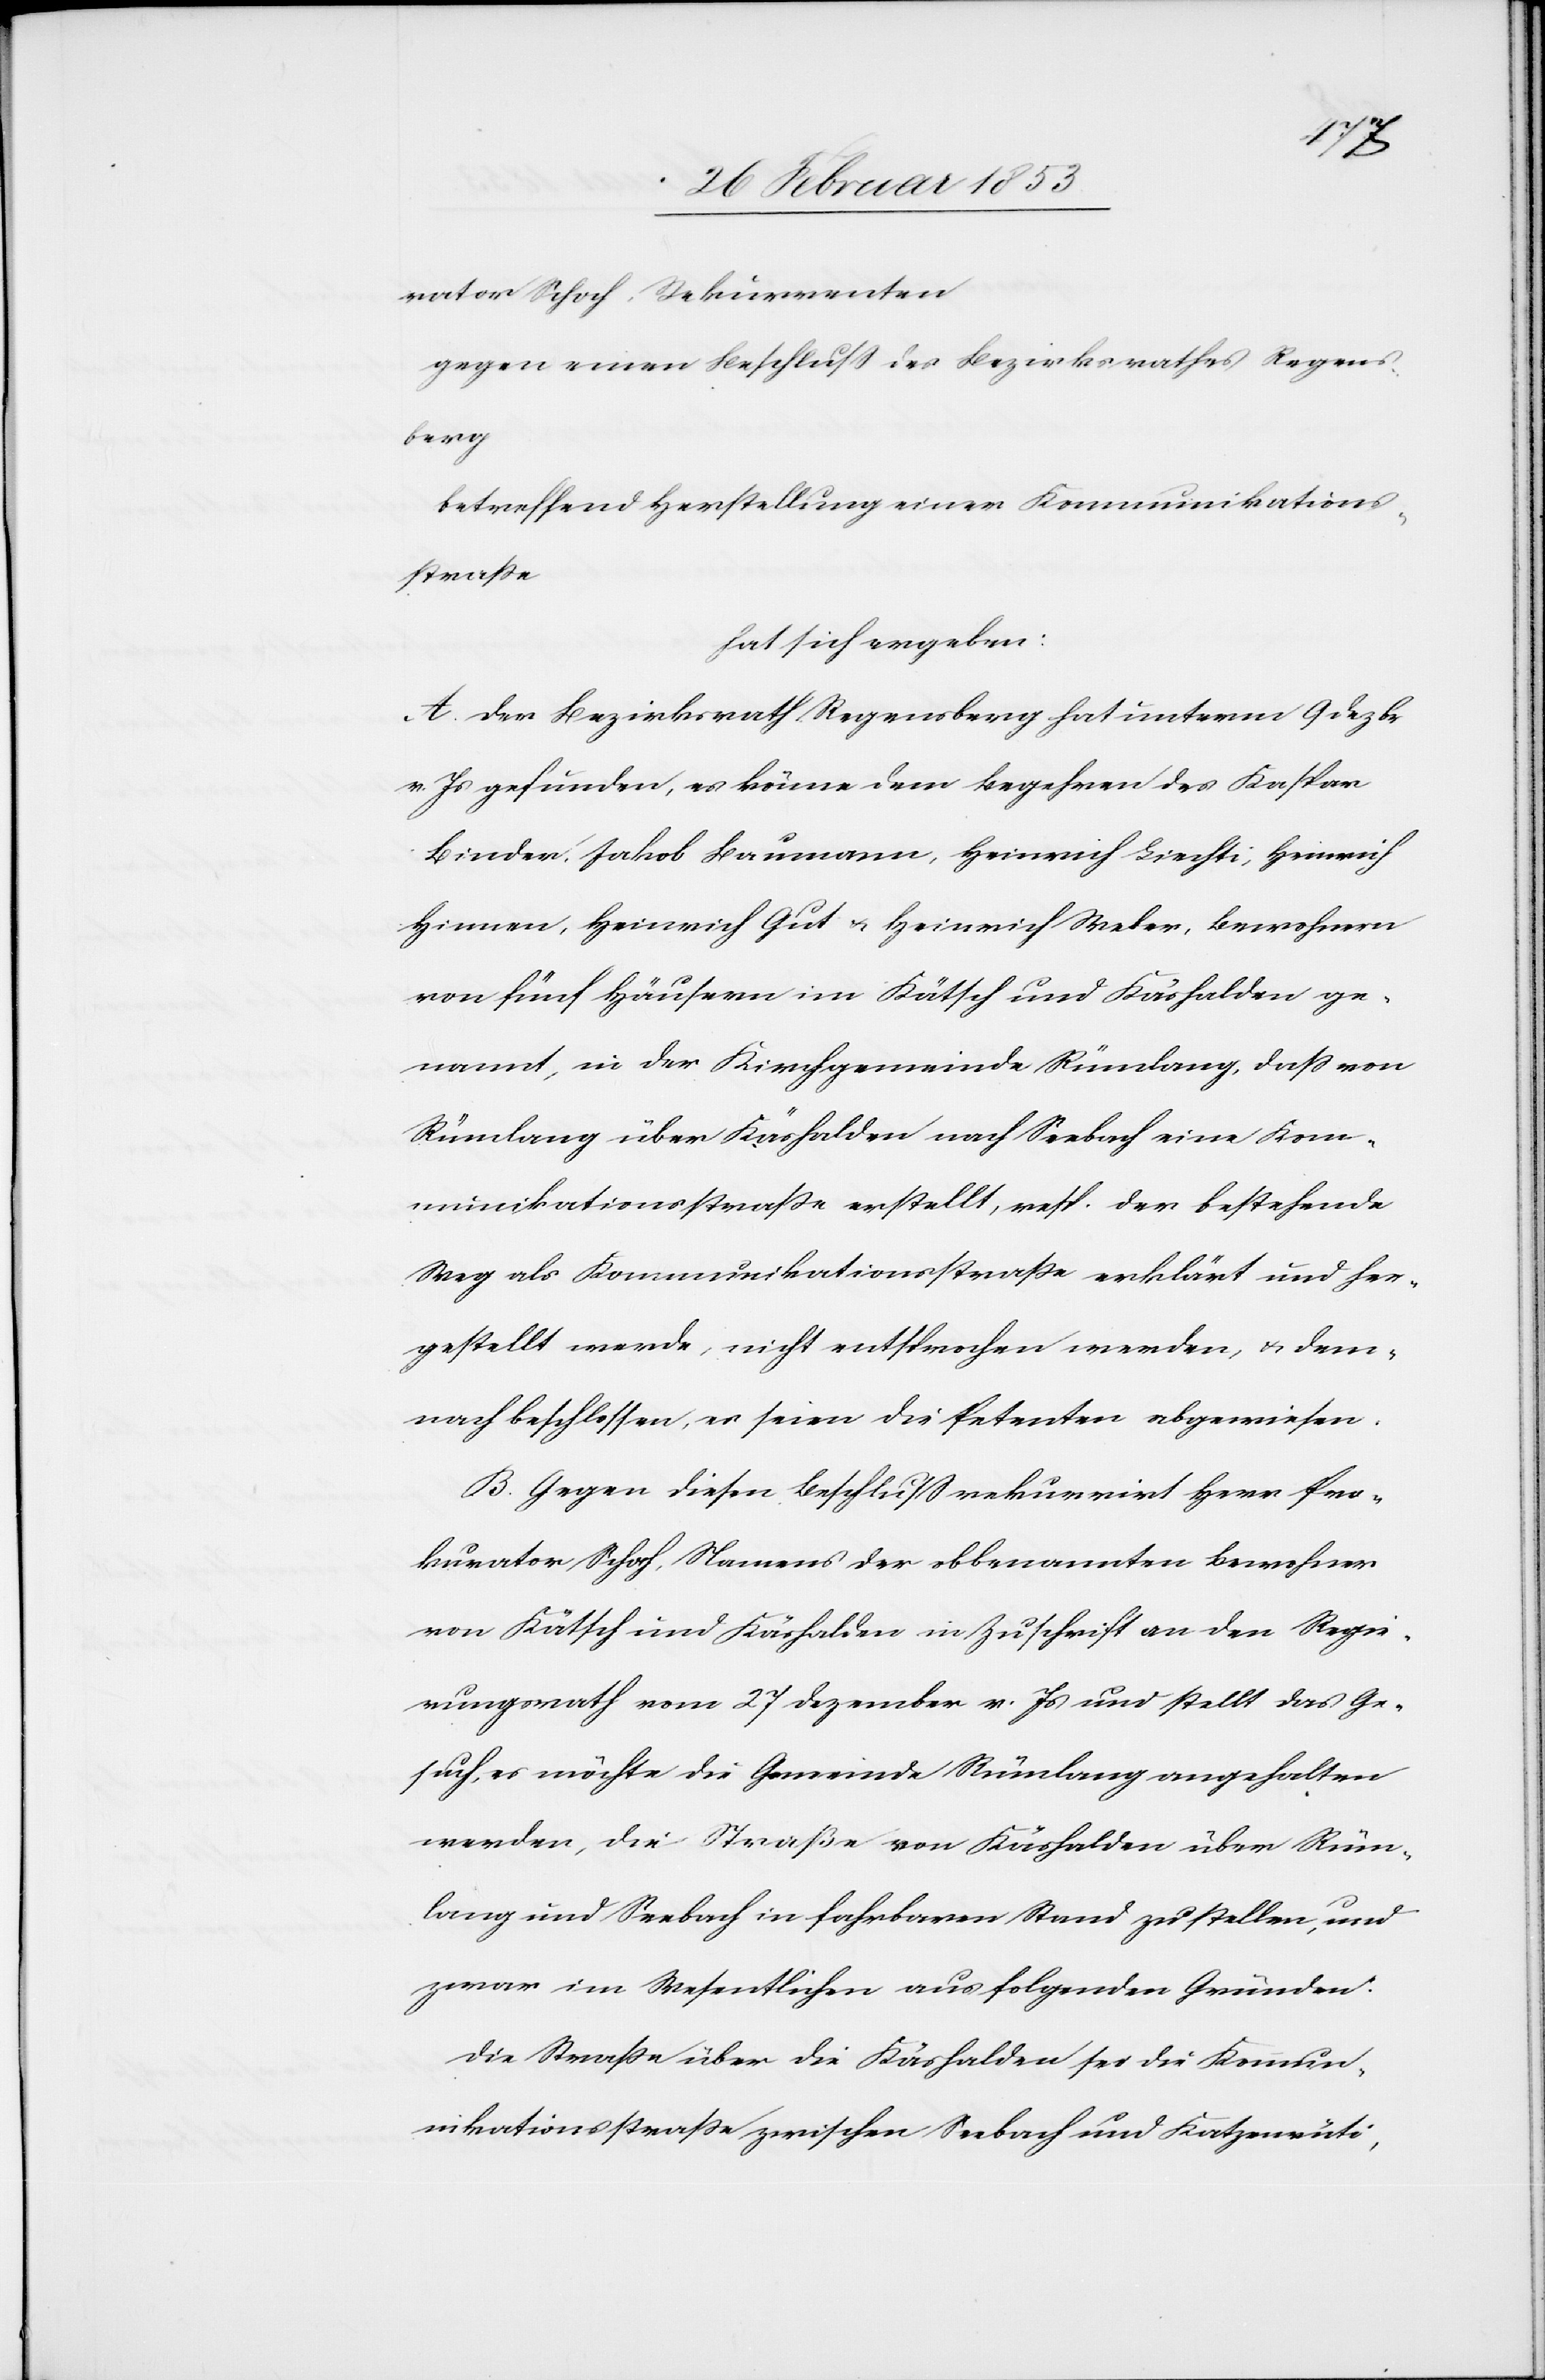
rator Schoch, Rekurrenten.
gegen einen Beschluß des Bezirksrathes Regens¬
berg.
betreffend Herstellung einer Kommunikations¬
straße,
hat sich ergeben:
Der Bezirksrath Regensberg hat unterm 9 Dezbr.
v. Js. gefunden, es könne dem Begehren des Kaspar
Binder, Jakob Baumann, Heinrich Liechti, Heinrich
Hinnen, Heinrich Gut u. Heinrich Weber, Bewohner
von fünf Häusern im Kätsch und Käshalden ge¬
nannt, in der Kirchgemeinde Rümlang, daß von
Rümlang über Käshalden und Seebach eine Kom¬
munikationsstraße erstellt, resp. der bestehende
Weg als Kommunikationsstraße erklärt und her¬
gestellt werde, nicht entsprochen werden, u. dem¬
nach beschlossen, es seien die Petenten abgewiesen.
Gegen diesen Beschluß rekurrirt Herr Pro¬
kurator Schoch, Namens der obbenannten Bewohner
von Kätsch und Käshalden in Zuschrift an den Regie¬
rungsrath vom 27 Dezember v. Js. und stellt das Ge¬
such, es möchte die Gemeinde Rümlang angehalten
werden, die Straße von Käshalden über Rüm¬
lang und Seebach in fahrbaren Stand zu stellen, und
zwar im Wesentlichen aus folgenden Gründen.
Die Straße über die Käshalden sei die Kommun¬
ikationsstraße zwischen Seebach und Katzenrüti,